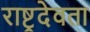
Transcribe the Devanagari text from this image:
राष्ट्रदेवता